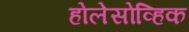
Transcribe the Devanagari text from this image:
होलेसोव्हिक